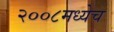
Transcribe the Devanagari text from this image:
२००८मध्येच